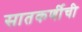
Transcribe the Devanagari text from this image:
सातकर्णीची